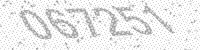
Solution: 067251